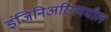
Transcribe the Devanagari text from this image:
इंजिनिअरिंगमधील